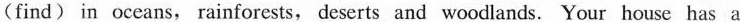
(find) in oceans, rainforests, deserts and woodlands. Your house has a